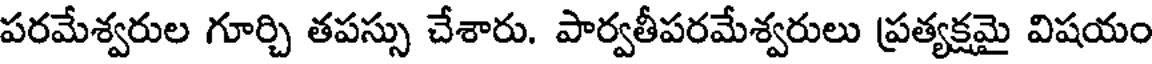
పరమేశ్వరుల గూర్చి తపస్సు చేశారు. పార్వతీపరమేశ్వరులు ప్రత్యక్షమై విషయం